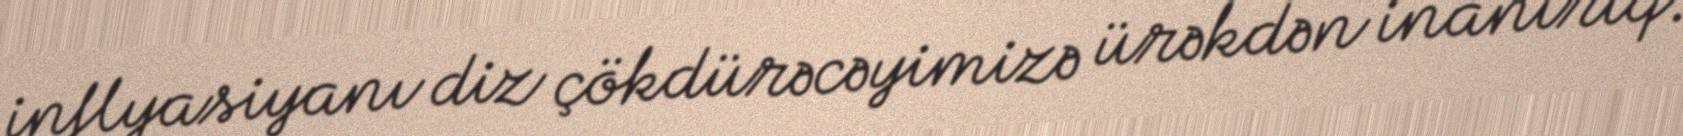
inflyasiyanı diz çökdürəcəyimizə ürəkdən inanırıq.